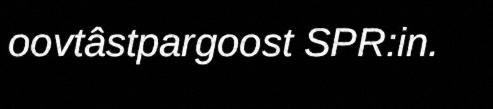
oovtâstpargoost SPR:in.